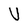
Character: U